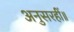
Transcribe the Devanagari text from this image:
अनुसरहीं॥